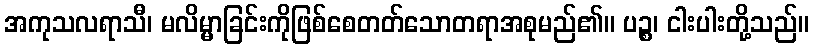
အကုသလရာသီ၊ မလိမ္မာခြင်းကိုဖြစ်စေတတ်သောတရာအစုမည်၏။ ပဉ္စ၊ ငါးပါးတို့သည်။